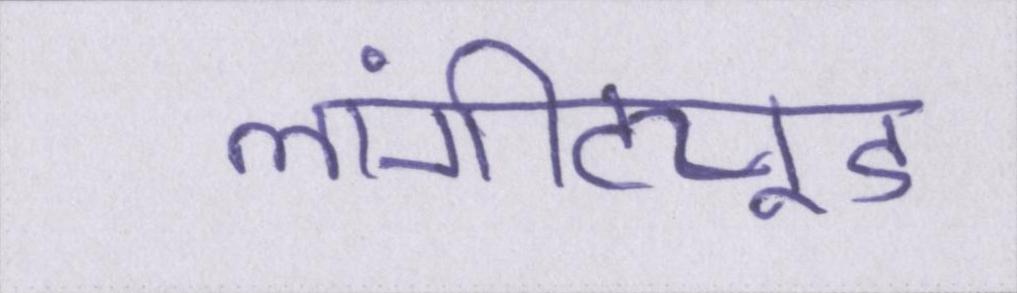
लांगीट्यूड